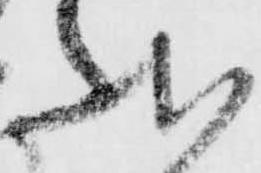
状